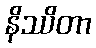
နိဿိတာ